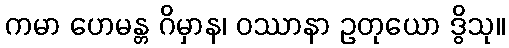
ကမာ ဟေမန္တ ဂိမှာန၊ ဝဿာနာ ဥတုယော ဒွိသု။